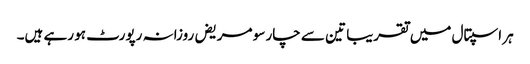
ہر اسپتال میں تقریبا تین سے چار سو مریض روزانہ رپورٹ ہو رہے ہیں۔